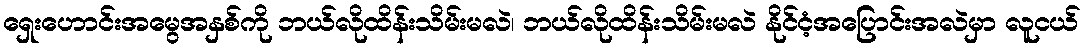
ရှေးဟောင်းအမွေအနှစ်ကို ဘယ်လိုထိန်းသိမ်းမလဲ၊ ဘယ်လိုထိန်းသိမ်းမလဲ နိုင်ငံ့အပြောင်းအလဲမှာ လူငယ်